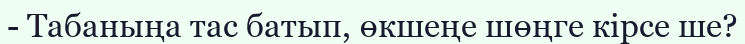
- Табаныңа тас батып, өкшеңе шөңге кірсе ше?